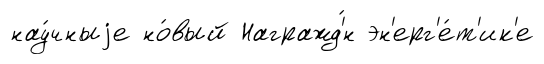
нау́чныjе но́вый Награжд'́н эн'ерг'е́т'ик'е